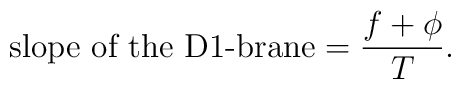
\mbox{slope of the D1-brane}=\frac{f+\phi}{T}.